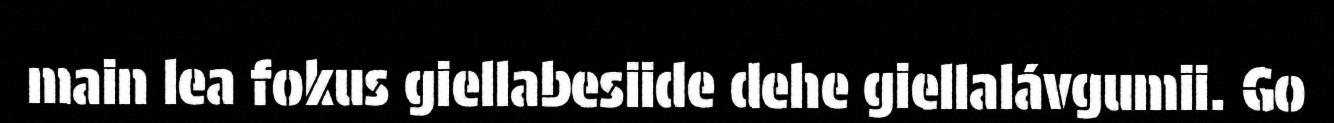
main lea fokus giellabesiide dehe giellalávgumii. Go